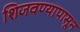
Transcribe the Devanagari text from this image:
शिजवण्यापासून